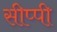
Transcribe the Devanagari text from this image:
सीप्पी